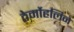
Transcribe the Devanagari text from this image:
ठेर्मोहलिने